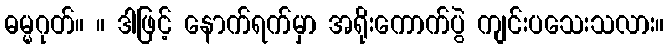
ဓမ္မဂုတ်။ ။ ဒါဖြင့် နောက်ရက်မှာ အရိုးကောက်ပွဲ ကျင်းပသေးသလား။